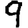
Digit: 9